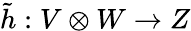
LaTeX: {\tilde{h}}:V\otimes W\to Z